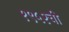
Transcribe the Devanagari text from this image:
१९५२ची